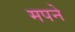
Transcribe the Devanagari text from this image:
मपने